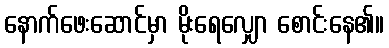
နောက်ဖေးဆောင်မှာ မိုးရေလျှော စောင်းနေ၏။